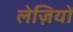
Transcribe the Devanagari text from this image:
लेज़ियों